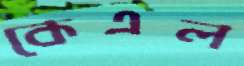
কেএল